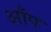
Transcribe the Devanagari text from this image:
आँप